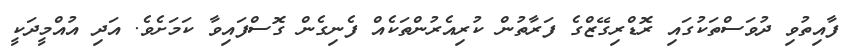
ފާއިތުވި ދުވަސްތަކުގައި ރޮޑްރިގޭޒްގެ ފަރާތުން ކުރިއެރުންތަަކެއް ފެނިގެން ގޮސްފައިވާ ކަމަށެވެ. އަދި އުއްމީދަކީ